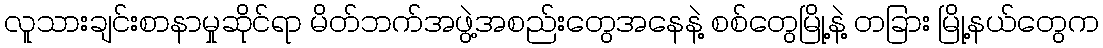
လူသားချင်းစာနာမှုဆိုင်ရာ မိတ်ဘက်အဖွဲ့အစည်းတွေအနေနဲ့ စစ်တွေမြို့နဲ့ တခြား မြို့နယ်တွေက